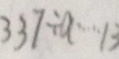
3 3 7 \div a \cdots 1 3